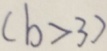
( b > 3 )